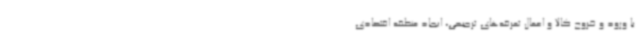
با ورود و خروج کالا و اعمال تعرفه‌های ترجیحی، ایجاد منطقه اقتصادی